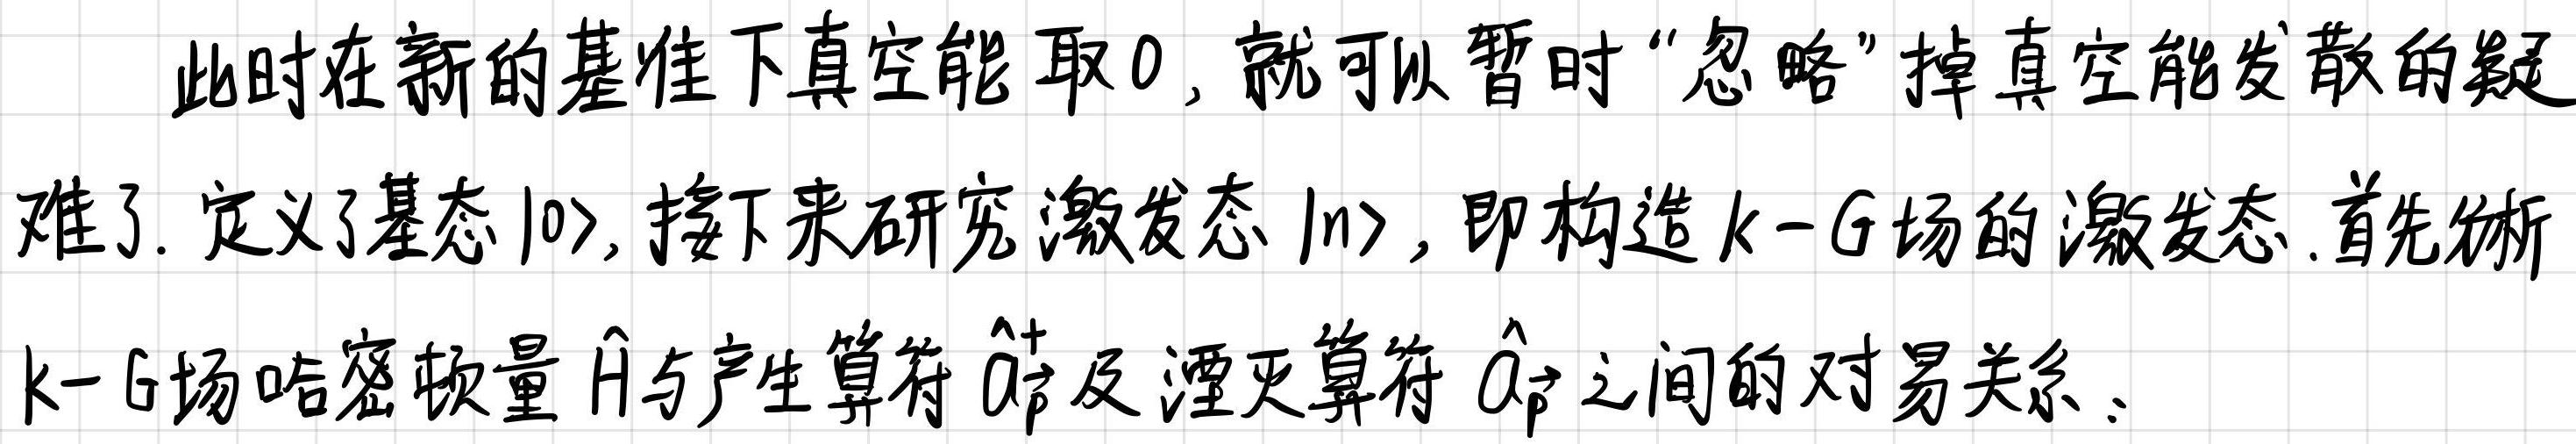
此时在新的基准下真空能取0, 就可以暂时“忽略”掉真空能发散的疑难了. 定义了基态$|0\rangle$, 接下来研究激发态$|n\rangle$, 即构造$k - G$场的激发态. 首先分析$k - G$场哈密顿量$\hat{H}$与产生算符$\hat{a}_{\vec{p}}^{\dagger}$及湮灭算符$\hat{a}_{\vec{p}}$之间的对易关系.